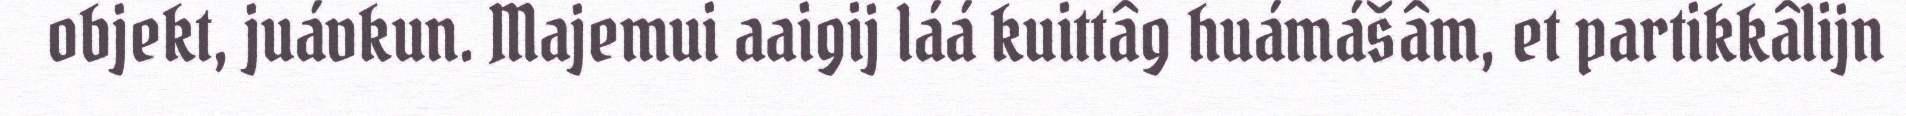
objekt, juávkun. Majemui aaigij láá kuittâg huámášâm, et partikkâlijn